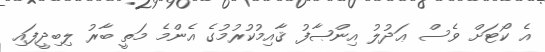
އެ ކޯޓަށް ވެސް ޢަދުލު އިންޞާފު ޤާއިމުކުރުމުގެ އެންމެ މަތީ ބާރު ލިބިދީފައި